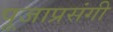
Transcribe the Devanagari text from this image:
पूजाप्रसंगी